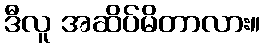
ဒီလူ အဆိပ်မိတာလား။